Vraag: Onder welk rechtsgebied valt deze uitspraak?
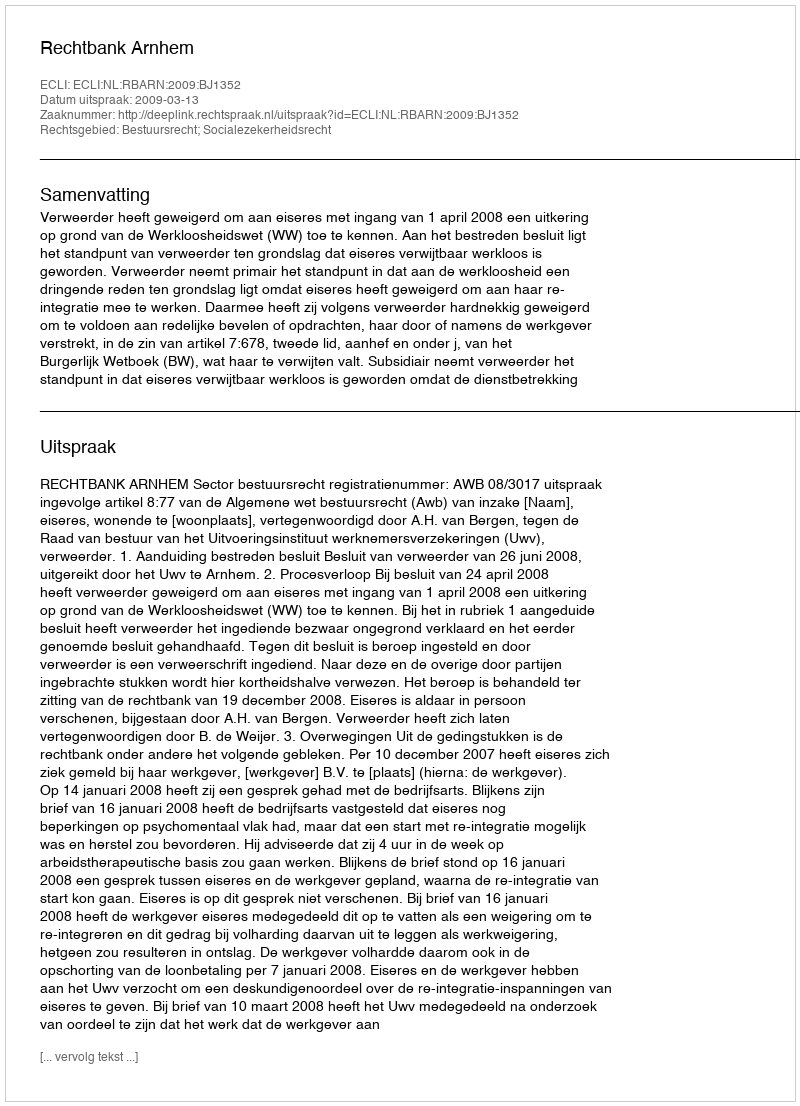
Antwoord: Bestuursrecht; Socialezekerheidsrecht